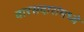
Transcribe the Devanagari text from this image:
वारसदारांमध्ये